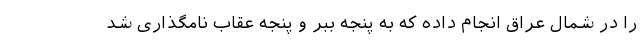
را در شمال عراق انجام داده که به پنجه ببر و پنجه عقاب نامگذاری شد